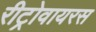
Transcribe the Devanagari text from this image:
रीट्रोवायरस